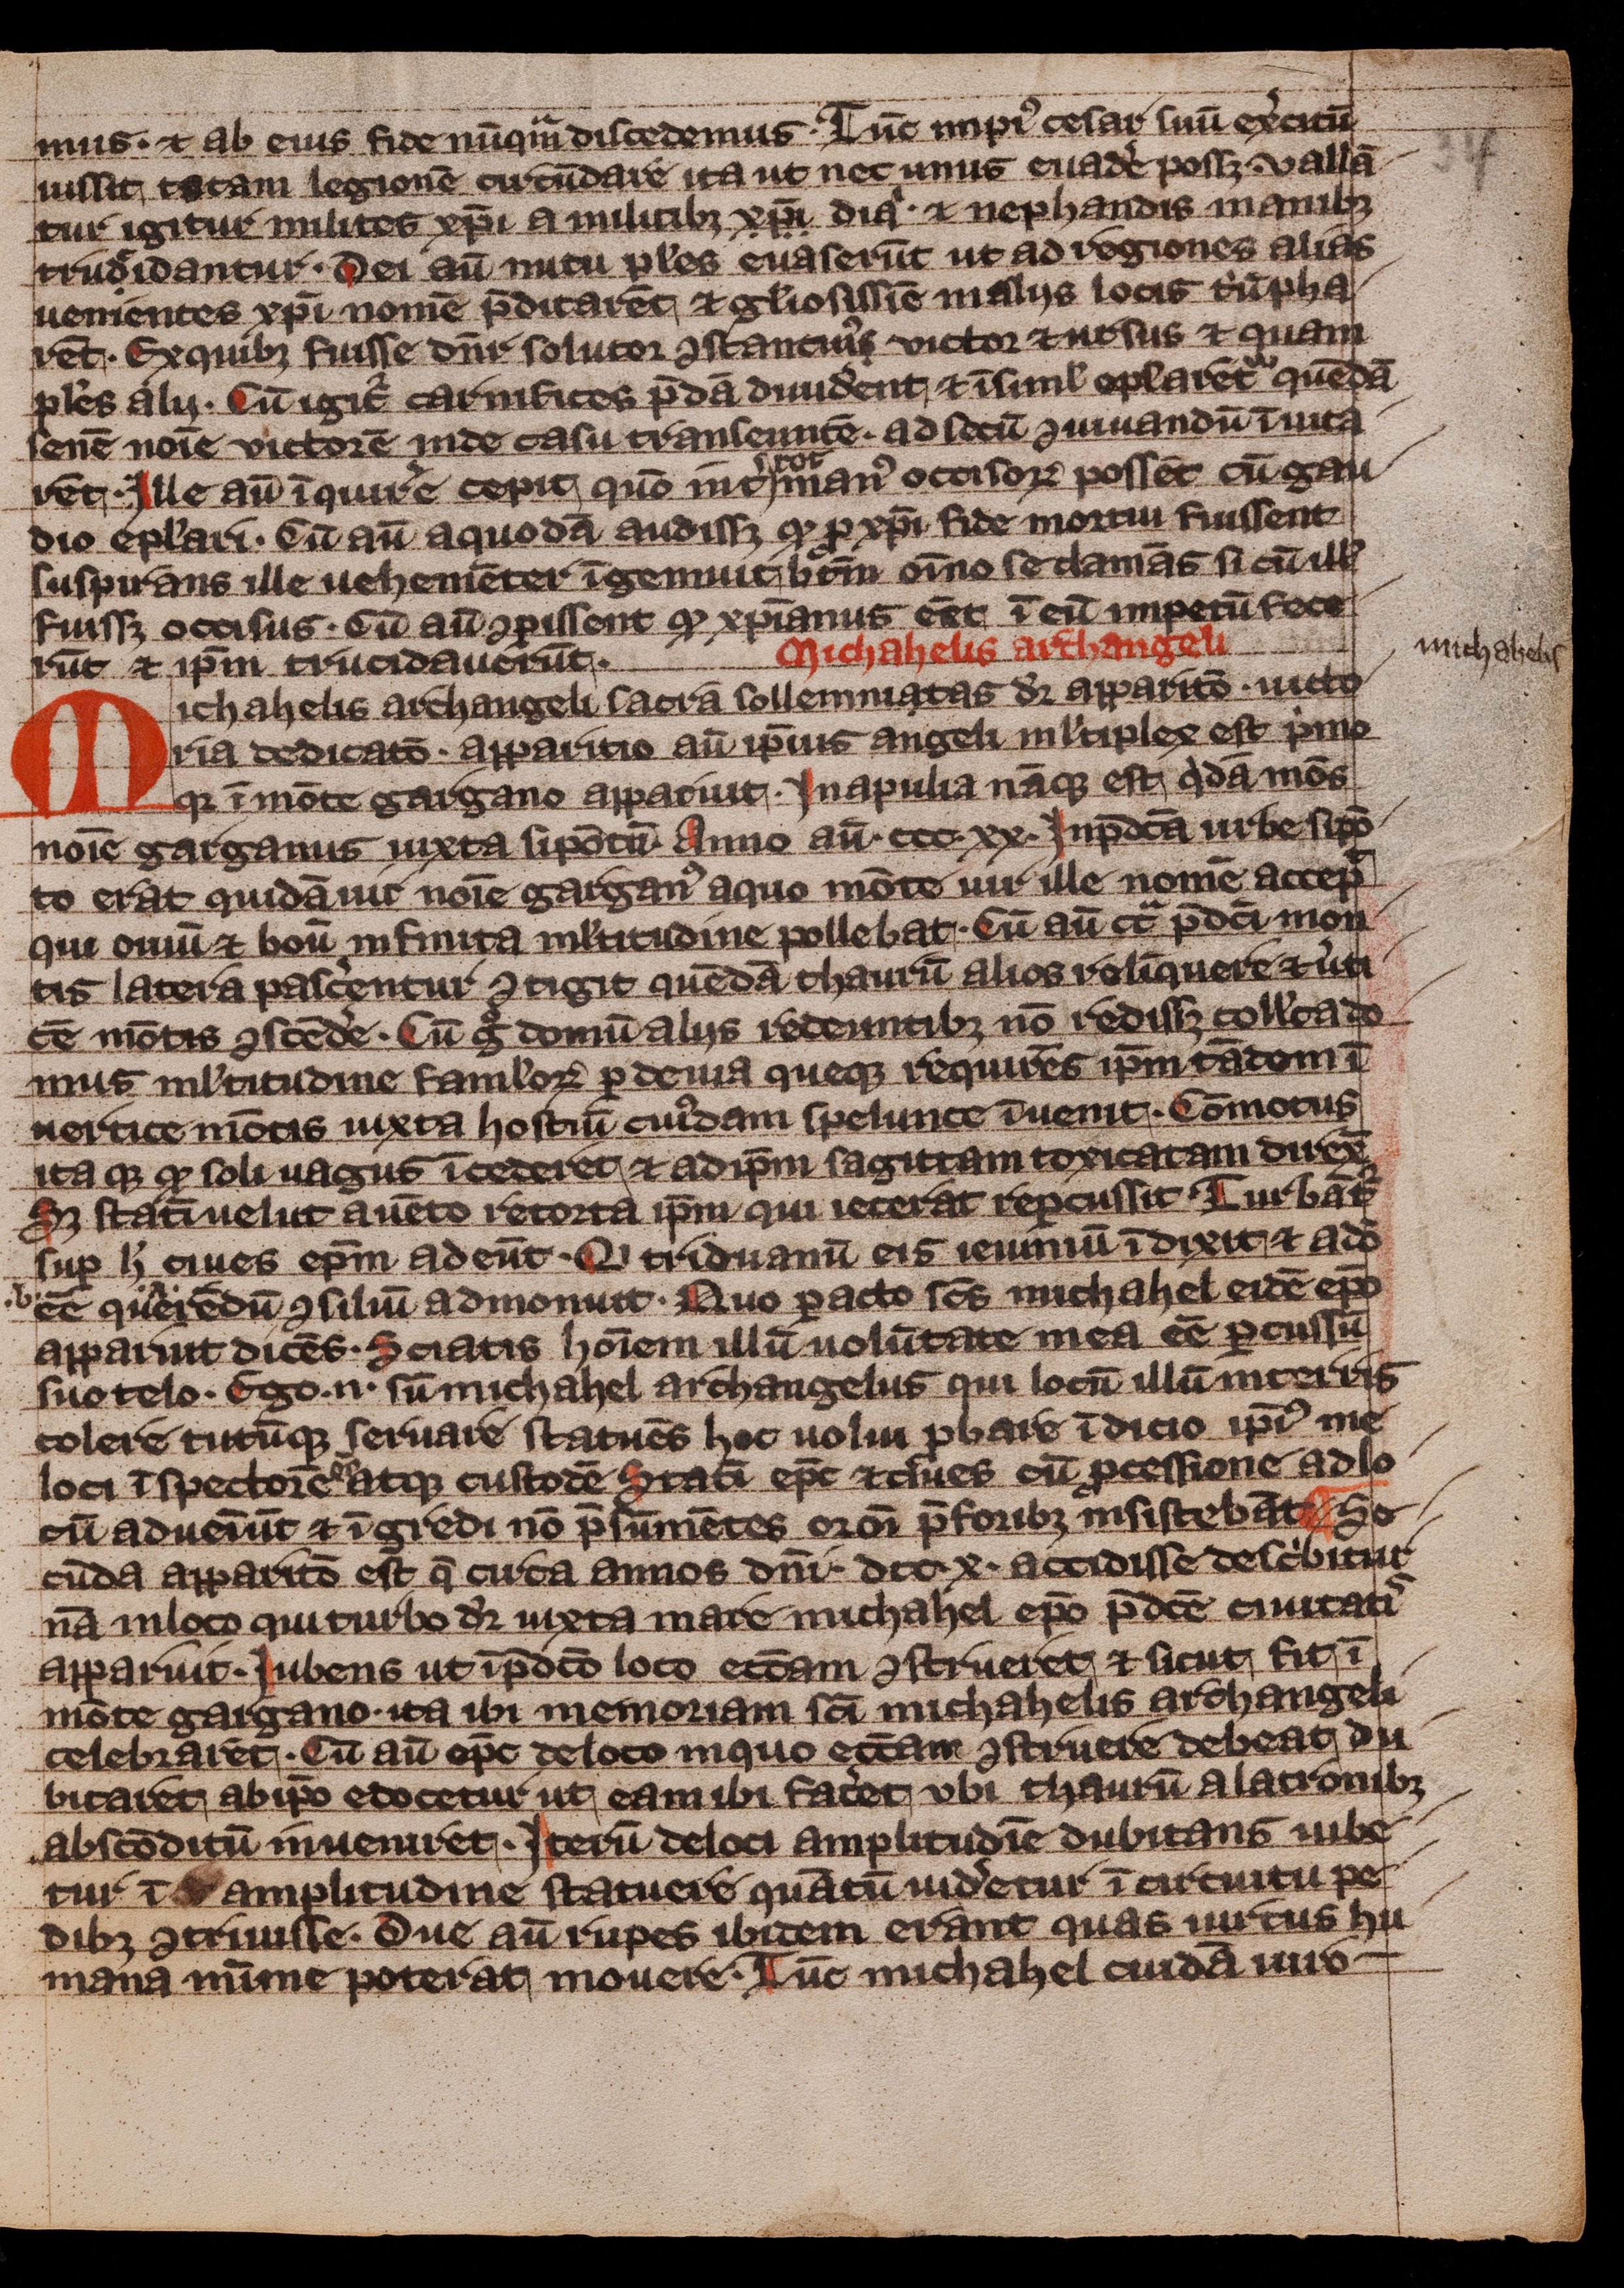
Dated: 1300–1399